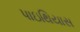
પાઇથિયાસ